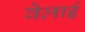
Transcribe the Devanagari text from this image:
वेलाई